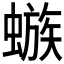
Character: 𲀆